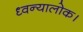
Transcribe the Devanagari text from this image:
ध्वन्यालोक।